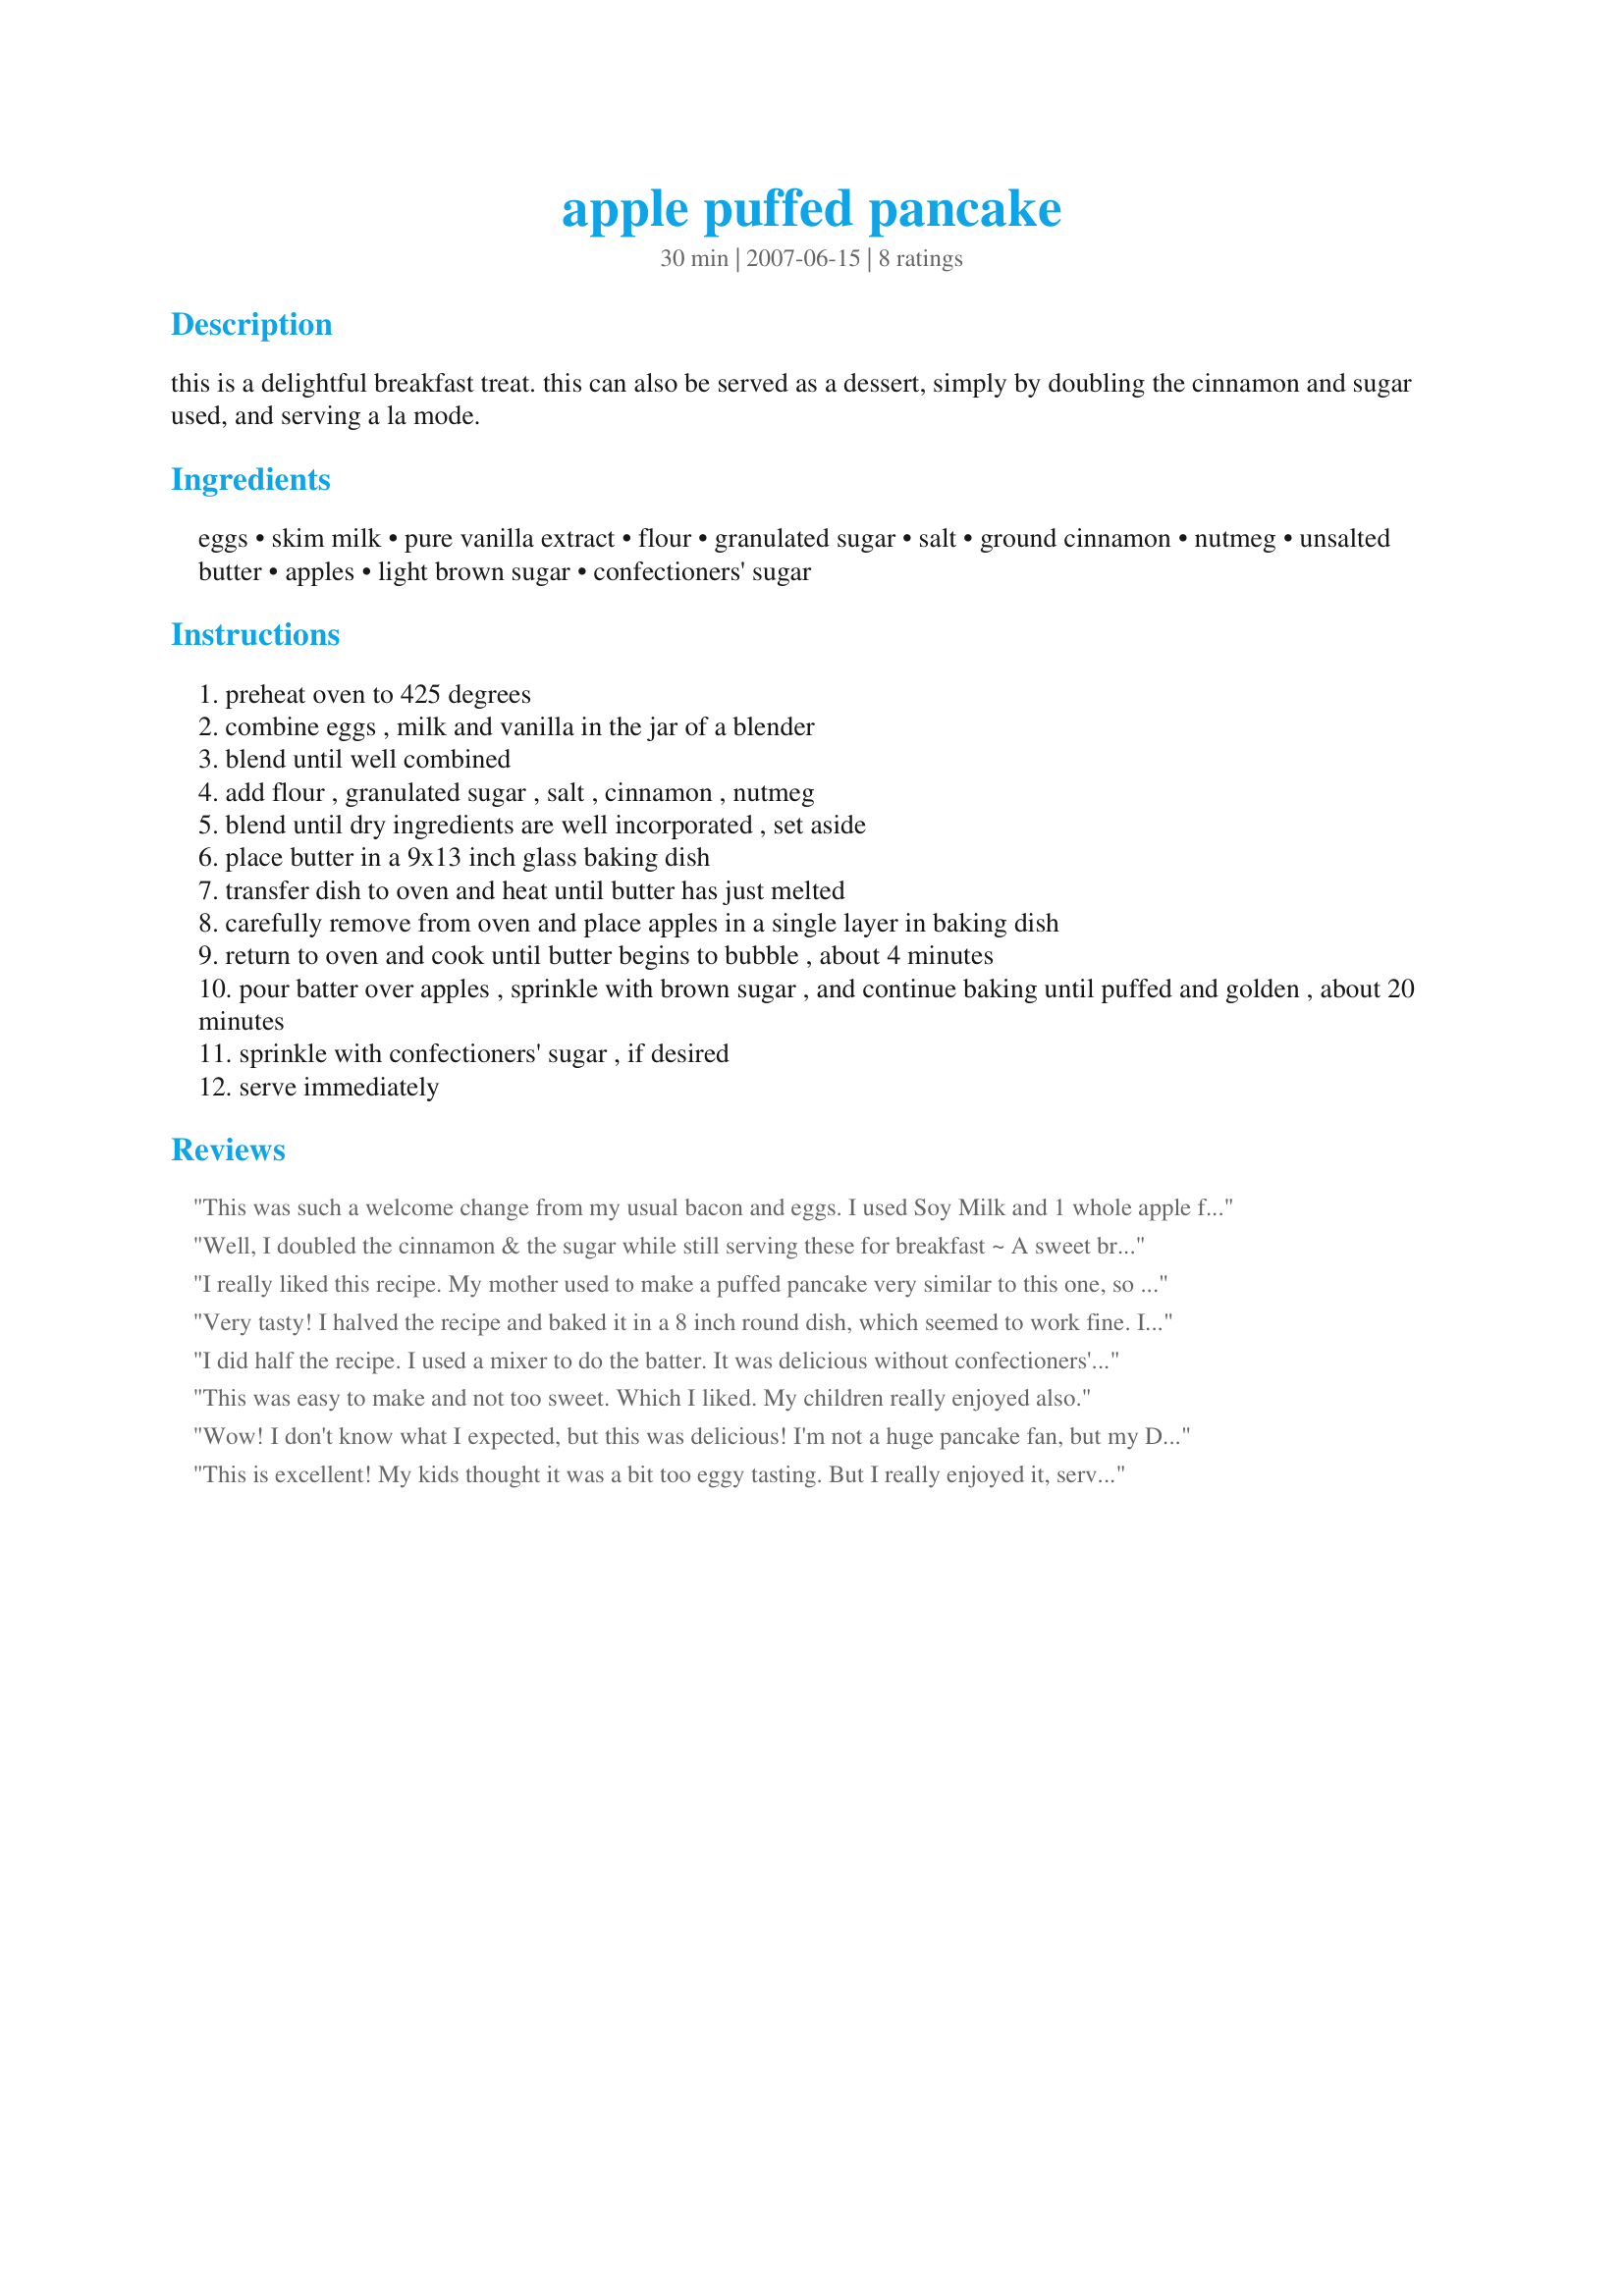
apple puffed pancake
Preparation time: 30 minutes

this is a delightful breakfast treat. this can also be served as a dessert, simply by doubling the cinnamon and sugar used, and serving a la mode.

Ingredients:
eggs, skim milk, pure vanilla extract, flour, granulated sugar, salt, ground cinnamon, nutmeg, unsalted butter, apples, light brown sugar, confectioners' sugar

Steps:
preheat oven to 425 degrees
combine eggs , milk and vanilla in the jar of a blender
blend until well combined
add flour , granulated sugar , salt , cinnamon , nutmeg
blend until dry ingredients are well incorporated , set aside
place butter in a 9x13 inch glass baking dish
transfer dish to oven and heat until butter has just melted
carefully remove from oven and place apples in a single layer in baking dish
return to oven and cook until butter begins to bubble , about 4 minutes
pour batter over apples , sprinkle with brown sugar , and continue baking until puffed and golden , about 20 minutes
sprinkle with confectioners' sugar , if desired
serve immediately

Reviews:
This was such a welcome change from my usual bacon and eggs. I used Soy Milk and 1 whole apple for a single serve breakfast dish. Thanks, I'll do this again. Made for ZWT3
Well, I doubled the cinnamon & the sugar while still serving these for breakfast ~ A sweet breakfast, but still breakfast! ABSOLUTELY WONDERFUL TASTING, & a definite keeper of a recipe! Thanks for sharing this winner! [Tagged, made & reviewed in Zaar Stars Tag Game]
I really liked this recipe. My mother used to make a puffed pancake very similar to this one, so it brought back some memories! It's very easy to make, and very rich and eggy, with nice crispy edges. I highly recommend this one!
Very tasty! I halved the recipe and baked it in a 8 inch round dish, which seemed to work fine. I'd never tried cooking a baked pancake before but it turned out great. I did find it needed 25 mins in the oven though. Thanks!
I did half the recipe. I used a mixer to do the batter. It was delicious without confectioners' sugar. Thanks Lainey :) Made for 123 hit wonders
This was easy to make and not too sweet. Which I liked. My children really enjoyed also.
Wow! I don't know what I expected, but this was delicious! I'm not a huge pancake fan, but my DH and DS are so I thought I'd give this a shot. I loved the caramelly tasting apples and the almost bread pudding like texture. This will definitely go into the keeper file. I think it would make a great breakfast for houseguests. Thanks for posting Lainey!
This is excellent! My kids thought it was a bit too eggy tasting. But I really enjoyed it, served it with vanilla yogurt. ZWT 3
